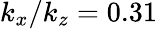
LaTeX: k_{x}/k_{z}=0.31